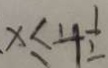
x \leq 4 \frac { 1 } { 2 }